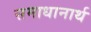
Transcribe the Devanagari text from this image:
समाधानार्थ